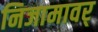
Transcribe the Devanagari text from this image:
निजामावर्